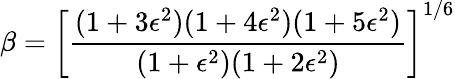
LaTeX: \beta=\left[\frac{(1+3\epsilon^{2})(1+4\epsilon^{2})(1+5\epsilon^{2})}{(1+\epsilon^{2})(1+2\epsilon^{2})}\right]^{1/6}